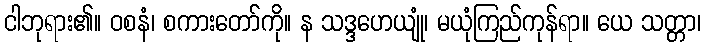
ငါဘုရား၏။ ဝစနံ၊ စကားတော်ကို။ န သဒ္ဒဟေယျုံ၊ မယုံကြည်ကုန်ရာ။ ယေ သတ္တာ၊